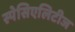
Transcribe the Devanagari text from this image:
स्पेसिएलिटीज